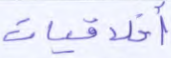
أخلاقيات